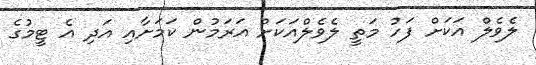
ލެވެލް އަކަށް ފަހު މަތީ ލެވެލްއަކަށް އަރަމުން ކަމަށާއި އަދި އެ ޓީމުގެ